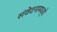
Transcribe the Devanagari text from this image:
संवेदनामध्ये